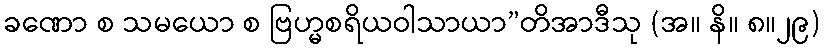
ခဏော စ သမယော စ ဗြဟ္မစရိယဝါသာယာ”တိအာဒီသု (အ။ နိ။ ၈။၂၉)